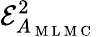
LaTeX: \mathcal{E}_{A_{\mathrm{~M~L~M~C~}}}^{2}